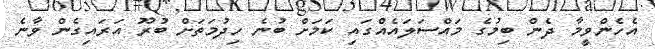
އެެހެންވީމާ ދެން ބިމުގެ މައްސަލައެއްގައި ކަަމަށް ބުނެ ހިދުމަތަށް ބުރޫ އަރައިގެން ވާނެ